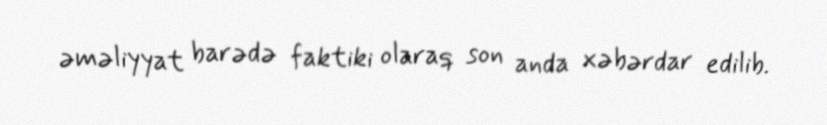
əməliyyat barədə faktiki olaraq son anda xəbərdar edilib.